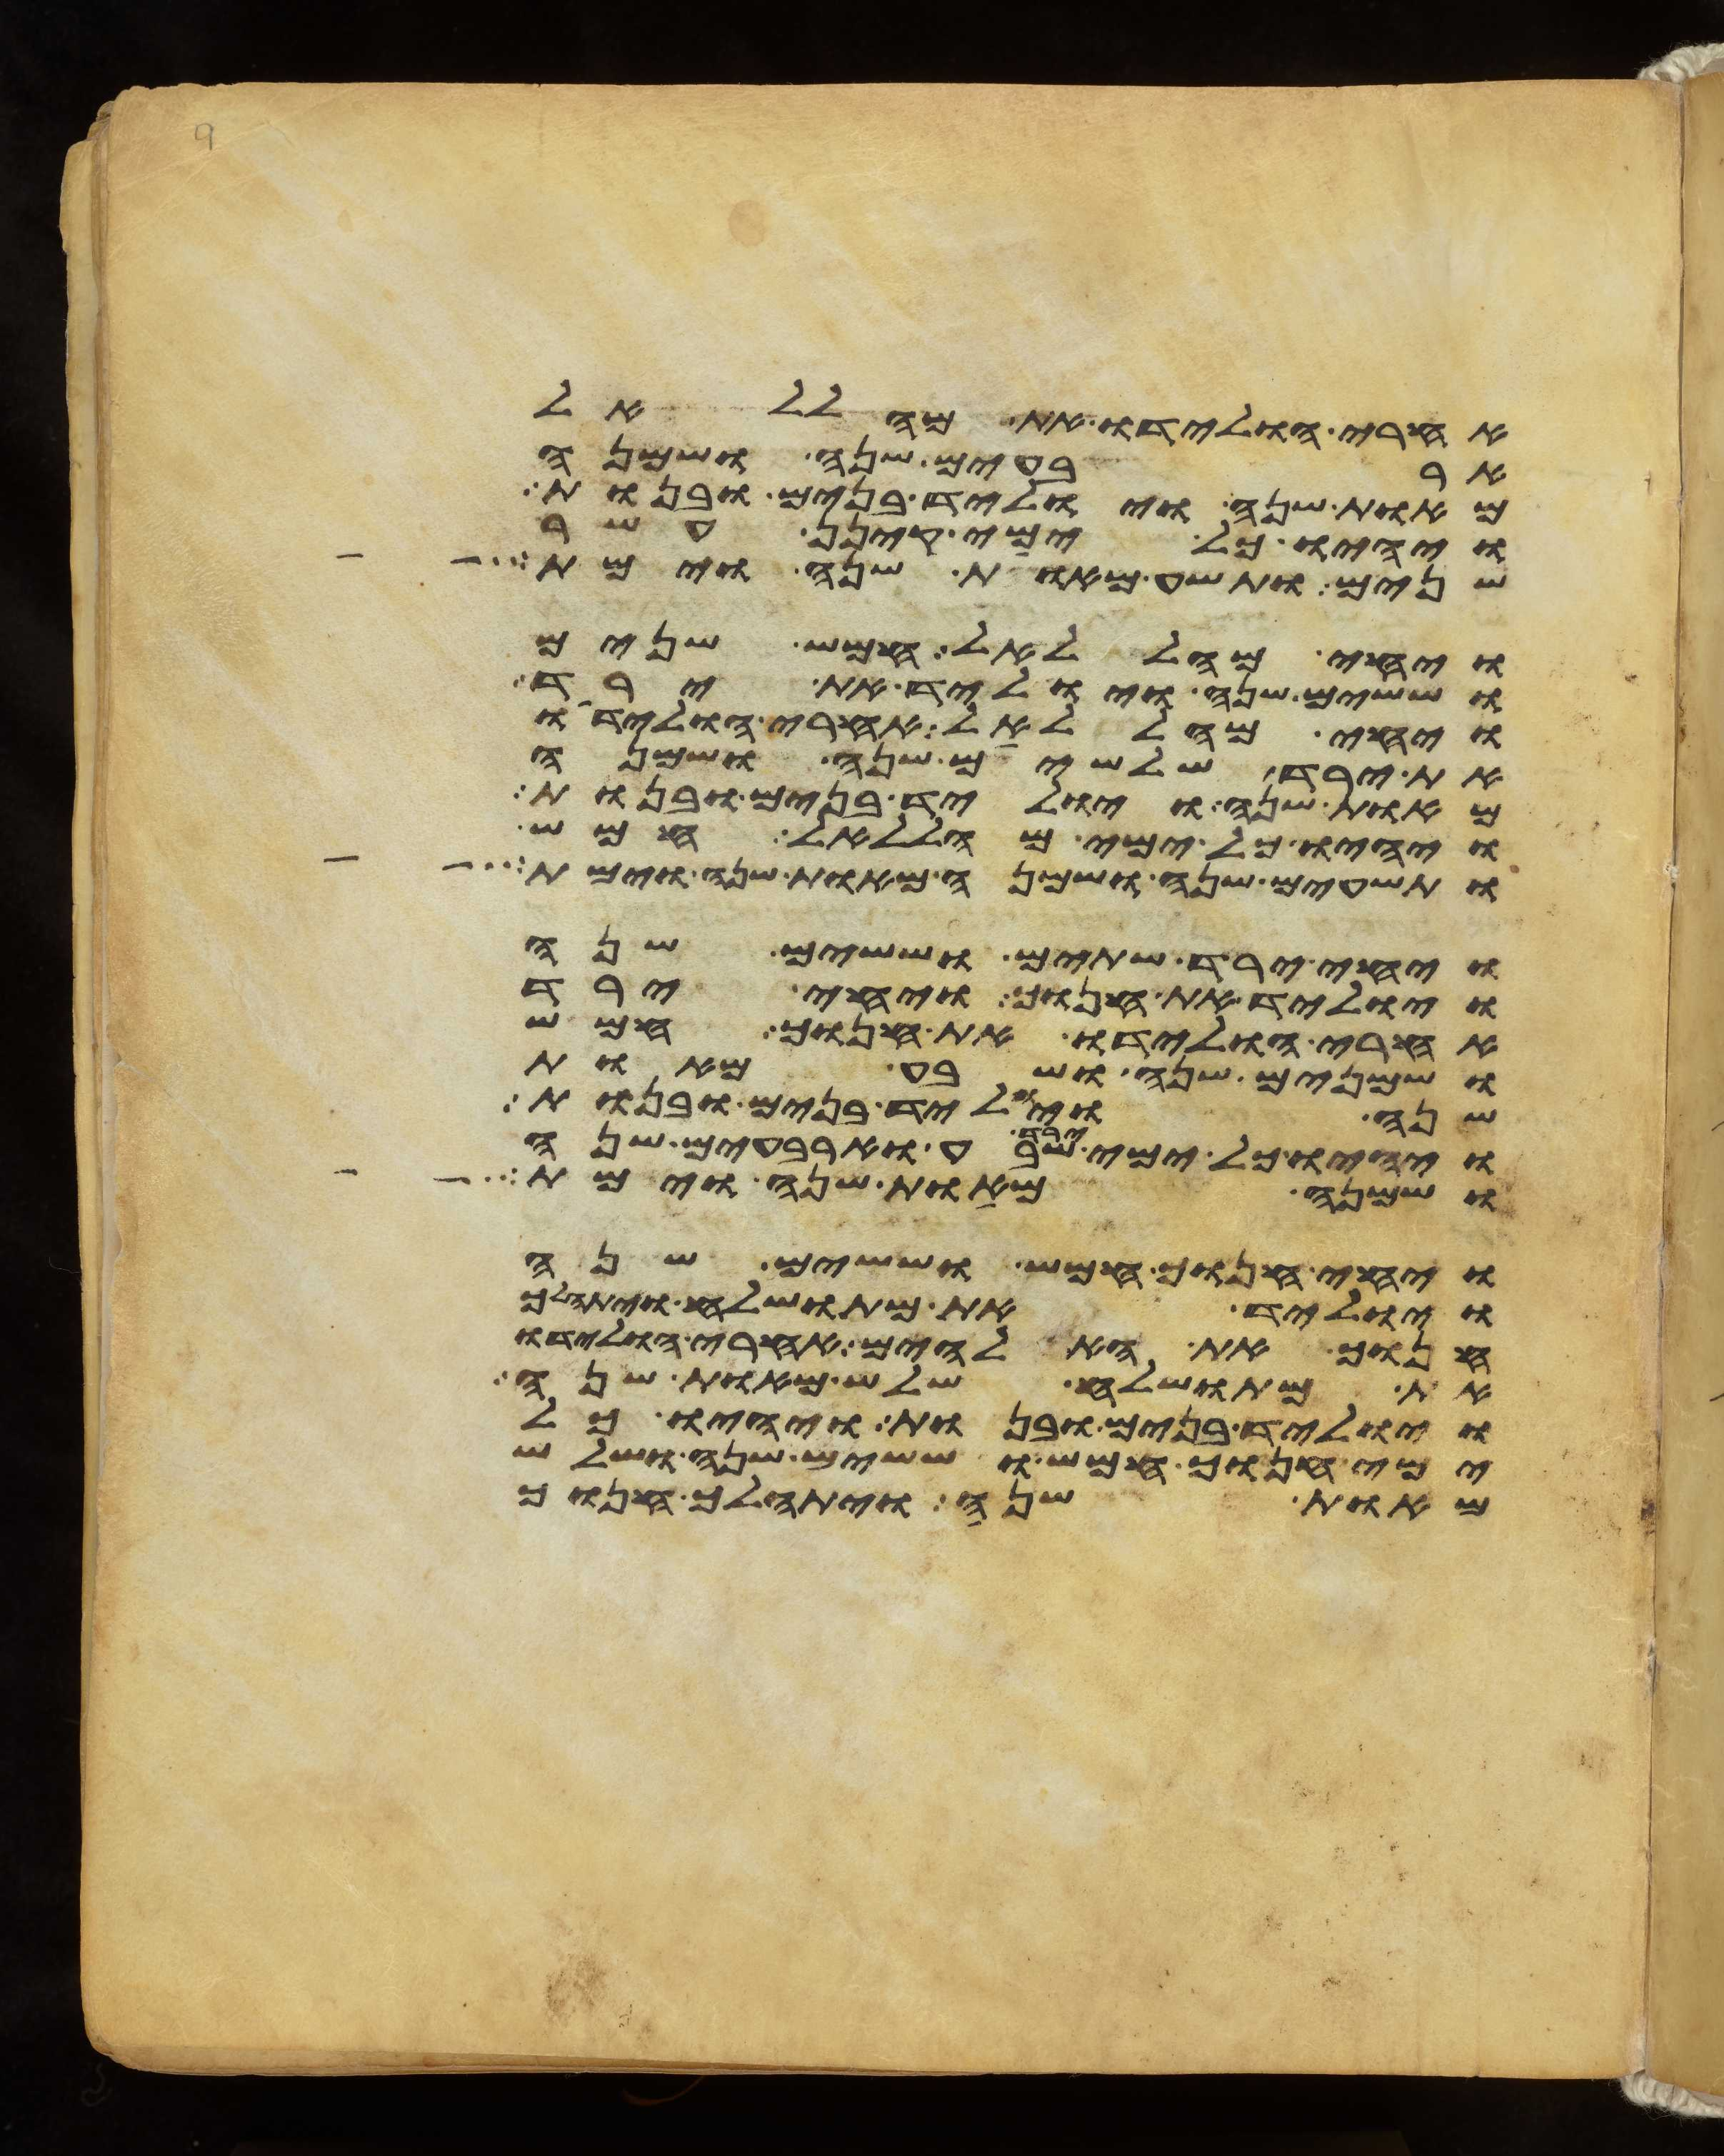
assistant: אחרי הולידו את מהללאל
ארבעים שנה ושמנה
מאות שנה ויוליד בנים ובנות
ויהיו כל ימי קינן עשר
שנים ותשע מאות שנה וימת
ויחי מהללאל חמש שנים
וששים שנה ויוליד את ירד
ויחי מהללאל אחרי הולידו
את ירד שלשים שנה ושמנה
מאות שנה ויוליד בנים ובנות
ויהיו כל ימי מהללאל חמש
ותשעים שנה ושמנה מאות שנה וימת
ויחי ירד שתים וששים שנה
ויוליד את חנוך ויחי ירד
אחרי הולידו את חנוך חמש
ושמנים שנה ושבע מאות
שנה ויוליד בנים ובנות
ויהיו כל ימי ירד שבע וארבעים שנה
ושמנה מאות שנה וימת
ויחי חנוך חמש וששים שנה
ויוליד את מתושלח ויתהלך
חנוך את האלהים אחרי הולידו
את מתושלח שלש מאות שנה
ויוליד בנים ובנות ויהיו כל
ימי חנוך חמש וששים שנה ושלש
מאות שנה ויתהלך חנוך